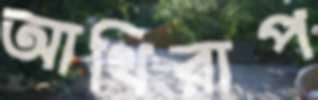
আথিরাপ